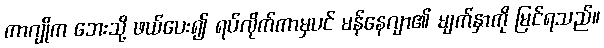
ကာဂျိုက ဘေးသို့ ဖယ်ပေး၍ ရပ်လိုက်ကာမှပင် မန်နေဂျာ၏ မျက်နှာကို မြင်ရသည်။